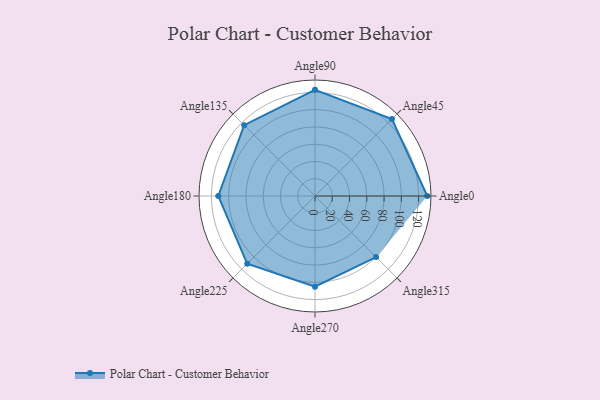
{"axis": {"x": "Angle", "y": "Radius"}, "legend": [""], "data": [{"x": "Angle0", "y": 130.0, "type": ""}, {"x": "Angle45", "y": 126.0, "type": ""}, {"x": "Angle90", "y": 123.0, "type": ""}, {"x": "Angle135", "y": 116.0, "type": ""}, {"x": "Angle180", "y": 112.0, "type": ""}, {"x": "Angle225", "y": 111.0, "type": ""}, {"x": "Angle270", "y": 105.0, "type": ""}, {"x": "Angle315", "y": 100.0, "type": ""}]}